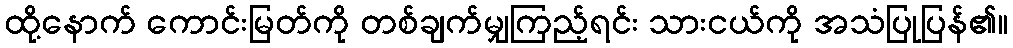
ထို့နောက် ကောင်းမြတ်ကို တစ်ချက်မျှကြည့်ရင်း သားငယ်ကို အသံပြုပြန်၏။